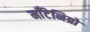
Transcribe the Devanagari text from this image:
मॉँटेनिग्रो